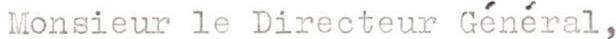
Monsieur le Directeur Général,